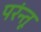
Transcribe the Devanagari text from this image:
परंन्तू